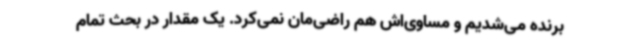
برنده می‌شدیم و مساوی‌اش هم راضی‌مان نمی‌کرد. یک مقدار در بحث تمام